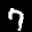
Label: 7